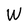
Character: W